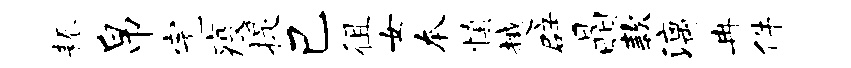
耨帛完疫提己徂女本慎越辟晶款漓冉件